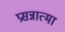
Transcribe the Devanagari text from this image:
प्रसन्नात्मा